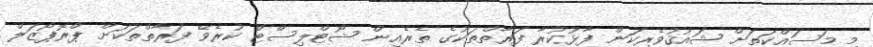
މި މަސައްކަތަށް ޝައުޤުވެރިކަން ފާޅުކުރާ ފަރާތްތަކުގެ ތެރެއިން ޝޯޓްލިސްޓް ކުރެވޭ ފަރާތްތަކަށް ޕްރޮޕޯޒަލް